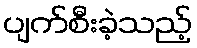
ပျက်စီးခဲ့သည့်